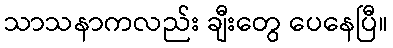
သာသနာကလည်း ချီးတွေ ပေနေပြီ။